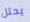
يحتل